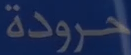
حرودة